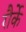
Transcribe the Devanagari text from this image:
रौर्के